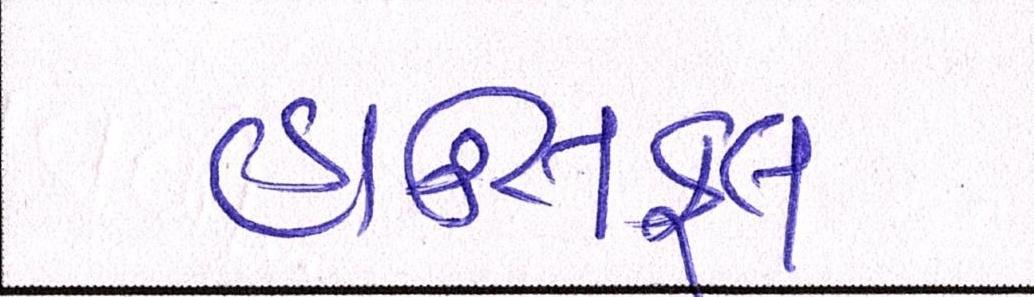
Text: હાઉસફૂલ